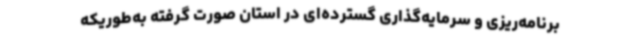
برنامه‌ریزی و سرمایه‌گذاری گسترده‌ای در استان صورت گرفته به‌طوریکه